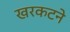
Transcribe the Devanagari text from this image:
खरकटने